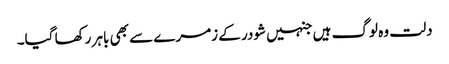
دلت وہ لوگ ہیں جنہیں شودر کے زمرے سے بھی باہر رکھا گیا۔